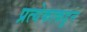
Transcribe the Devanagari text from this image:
प्रत्येकाकडून